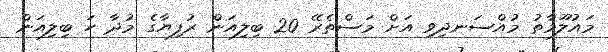
މައުލޫމާތު މުއްސަނދިވި އަށް މަސްތެރޭ 20 ބިލިއަން ރުފިޔާގެ މުދާ ހަ ބިލިއަން